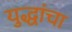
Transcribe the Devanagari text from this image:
युद्धांचा